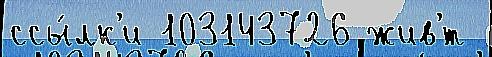
ссы́лк'и 103143726 жив'́т